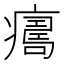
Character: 𤺜